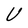
Character: U